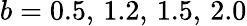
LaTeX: b=0.5,\, 1.2,\, 1.5,\, 2.0